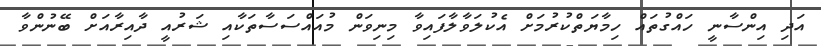
އަދި އިންސާނީ ހައްގުތައް ހިމާޔަތްކުރުމަށް އެކުލަވާލާފައިވާ މިނިވަން މުއައްސަސާތަކާއި ޝަރުއީ ދާއިރާއަށް ބޭނުންވާ